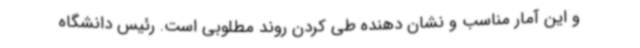
و این آمار مناسب و نشان دهنده طی کردن روند مطلوبی است. رئیس دانشگاه